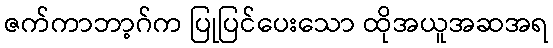
ဇက်ကာဘာ့ဂ်က ပြုပြင်ပေးသော ထိုအယူအဆအရ